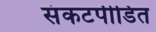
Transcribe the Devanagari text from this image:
संकटपीडित